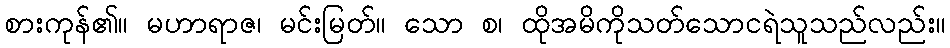
စားကုန်၏။ မဟာရာဇ၊ မင်းမြတ်။ သော စ၊ ထိုအမိကိုသတ်သောငရဲသူသည်လည်း။